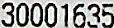
30001635